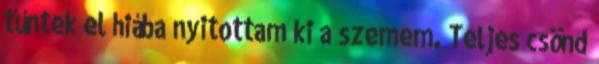
tűntek el hiába nyitottam ki a szemem. Teljes csönd